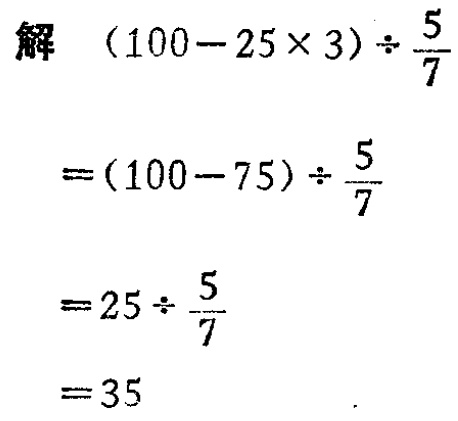
解

\[

\begin{align*}

&(100 - 25\times3)\div\frac{5}{7}\\

=&(100 - 75)\div\frac{5}{7}\\

=&25\div\frac{5}{7}\\

=&35

\end{align*}

\]